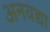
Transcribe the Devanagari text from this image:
अनवद्या